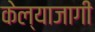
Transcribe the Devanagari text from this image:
केल्याजागी